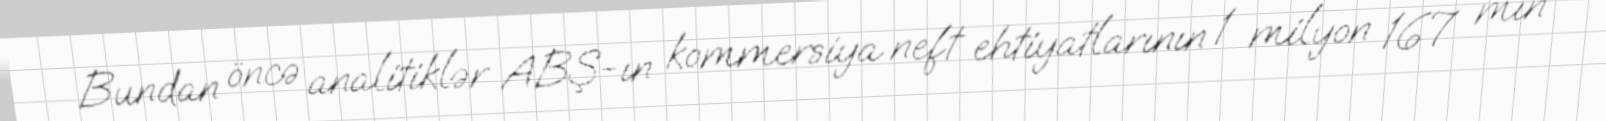
Bundan öncə analitiklər ABŞ-ın kommersiya neft ehtiyatlarının 1 milyon 167 min